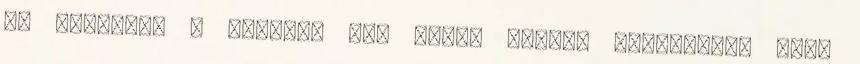
el magamról 7 dolgot. Hát nincs könnyű feladatom, mert